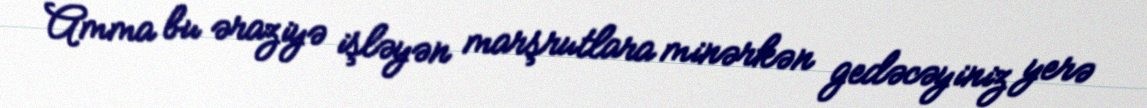
Amma bu əraziyə işləyən marşrutlara minərkən gedəcəyiniz yerə